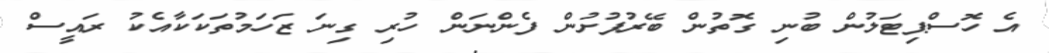
އެ ހޮސްޕިޓަލުން ބުނި ގޮތުން ބޭރުފުށުން ފެންނަން ހުރި ގިނަ ޒަހަމުތަކަކާއެކު ރައީސް